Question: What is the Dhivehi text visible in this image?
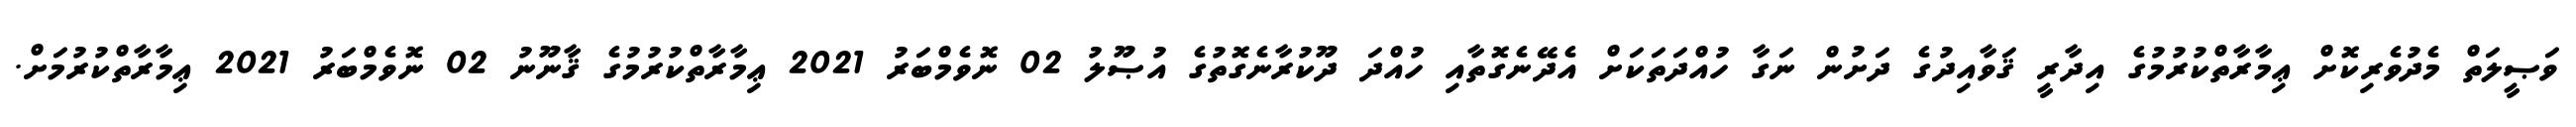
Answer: ވަޞީލަތް މެދުވެރިކޮށް ޢިމާރާތްކުރުމުގެ އިދާރީ ޤަވާއިދުގެ ދަށުން ނަގާ ހުއްދަތަކަށް އެދޭނެގޮތާއި ހުއްދަ ދޫކުރާނެގޮތުގެ އުޞޫލު 02 ނޮވެމްބަރު 2021 ޢިމާރާތްކުރުމުގެ ޤާނޫނު 02 ނޮވެމްބަރު 2021 ޢިމާރާތްކުރުމަށް.